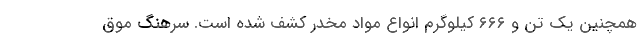
همچنین یک تن و ۶۶۶ کیلوگرم انواع مواد مخدر کشف شده است. سرهنگ موق